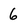
Character: 6